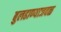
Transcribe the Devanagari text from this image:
बुलढाण्याजवळ